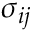
\sigma _ { i j }